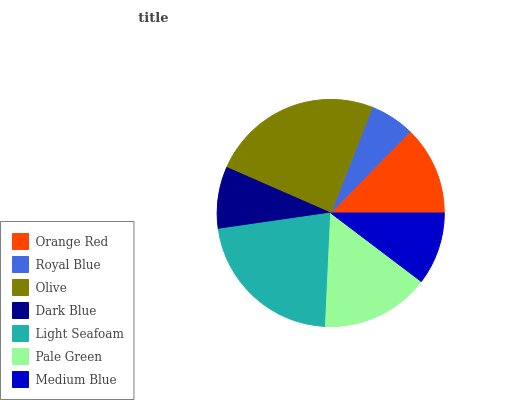
| Orange Red | Royal Blue | Olive | Dark Blue | Light Seafoam | Pale Green | Medium Blue |
 | --- | --- | --- | --- | --- | --- | --- |
 | 12.7% | 6.34% | 24.4% | 8.85% | 22% | 15.4% | 10.3% |